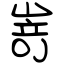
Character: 嵜